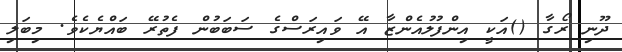
ދޫނި ރޯގާ ()އަކީ އިންފުލުއެންޒާ އޭ ވައިރަސްގެ ސަބަބުން ފެތުރޭ ބައްޔެކެވެ. މިބަލި